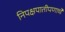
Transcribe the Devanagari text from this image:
निपक्षपातीपणाचे